Scottish Leaving Certificate Examination, 1955
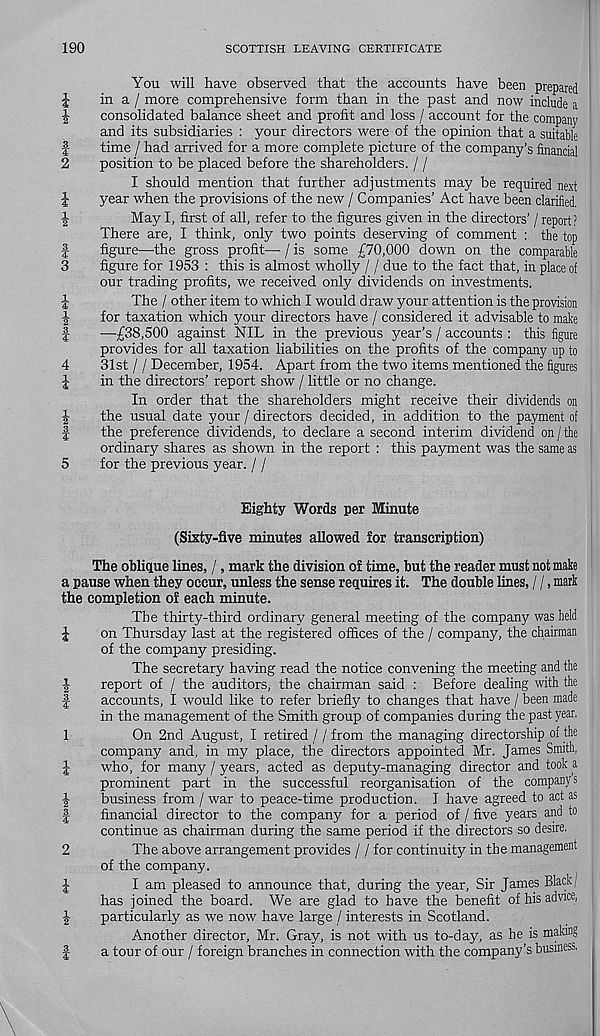
190
SCOTTISH LEAVING CERTIFICATE
You will have observed that the accounts have been prepared
£
in a / more comprehensive form than in the past and now include a
1
consolidated balance sheet and profit and loss / account for the company
and its subsidiaries : your directors were of the opinion that a suitable
f
time / had arrived for a more complete picture of the company’s financial
2
position to be placed before the shareholders. / /
I should mention that further adjustments may be required next
J
year when the provisions of the new / Companies’ Act have been clarified.
■ |
May I, first of all, refer to the figures given in the directors’ / report?
There are, I think, only two points deserving of comment : the top
f
figure—the gross profit— / is some £70,000 down on the comparable
3
figure for 1953 : this is almost wholly / / due to the fact that, in place of
our trading profits, we received only dividends on investments.
I
The / other item to which I would draw your attention is the provision
^
for taxation which your directors have / considered it advisable to make
f
—£38,500 against NIL in the previous year’s / accounts : this figure
provides for all taxation liabilities on the profits of the company up to
4
31st / / December, 1954. Apart from the two items mentioned the figures
l
in the directors’ report show / little or no change.
In order that the shareholders might receive their dividends on
J
the usual date your / directors decided, in addition to the payment of
f
the preference dividends, to declare a second interim dividend on / the
ordinary shares as shown in the report : this payment was the same as
5
for the previous year. / /
Eighty Words per Minute
(Sixty-five minutes allowed for transcription)
The oblique lines, /, mark the division of time, but the reader must not make
a pause when they occur, unless the sense requires it. The double lines, / /, mark
the completion of each minute.
The thirty-third ordinary general meeting of the company was held
\
on Thursday last at the registered offices of the / company, the chairman
of the company presiding.
The secretary having read the notice convening the meeting and the
|
report of / the auditors, the chairman said : Before dealing with the
|
accounts, I would like to refer briefly to changes that have / been made
in the management of the Smith group of companies during the past year.
1
On 2nd August, I retired / / from the managing directorship of the
company and, in my place, the directors appointed Mr. James Smith,
J
who, for many / years, acted as deputy-managing director and took a
prominent part in the successful reorganisation of the company s
business from / war to peace-time production. I have agreed to act as
|
financial director to the company for a period of / five years and to
continue as chairman during the same period if the directors so desire.
2
The above arrangement provides / / for continuity in the management
of the company.
£
I am pleased to announce that, during the year, Sir James Black;
has joined the board. We are glad to have the benefit of his advice,
%
particularly as we now have large / interests in Scotland.
Another director, Mr. Gray, is not with us to-day, as he is making
|
a tour of our / foreign branches in connection with the company’s business.